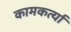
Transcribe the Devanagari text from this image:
कामकर्त्या